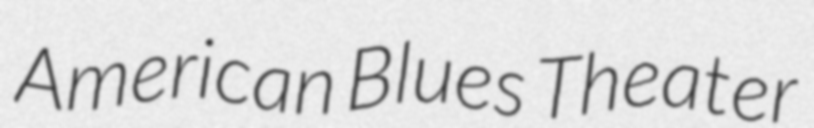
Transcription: American Blues Theater